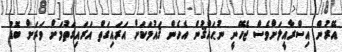
އޭރުން އިސްރާއީލަށްވެސް ޖެހޭނީ ނުޙައްޤުން އެހެން ޤައުމަކަށް އަރައިގަތް އަރައިގަތުމަށް ވަރަށް ބޮޑު